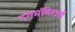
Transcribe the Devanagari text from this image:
रंगमंदिराचे